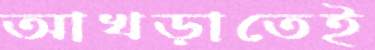
আখড়াতেই